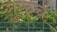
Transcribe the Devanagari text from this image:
गुरुचं